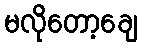
မလိုတော့ချေ